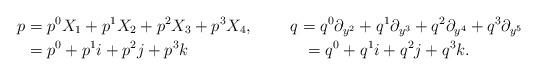
LaTeX: \begin{align*} p&=p^{0}X_{1}+p^{1}X_{2}+p^{2}X_{3}+p^{3}X_{4},\;\;\;\;\;\;\;\;q=q^{0}\partial_{y^{2}}+q^{1}\partial_{y^{3}}+q^{2}\partial_{y^{4}}+q^{3}\partial_{y^{5}}\\ &=p^{0}+p^{1}i+p^{2}j+p^{3}k\;\;\;\;\;\;\;\;\;\;\;\;\;\;\;\;\;\;\;\;\;\;\;\;\;=q^{0}+q^{1}i+q^{2}j+q^{3}k.\end{align*}